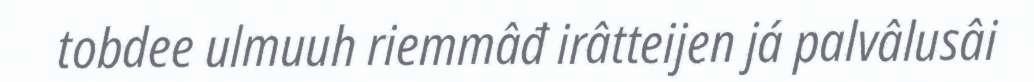
tobdee ulmuuh riemmâđ irâtteijen já palvâlusâi